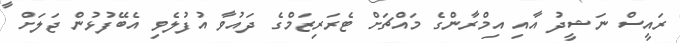
ރައީސް ނަޝީދު އާއި އިމްރާންގެ މައްޗަށް ޓެރަރިޒަމްގެ ދައުވާ އުފުލެވި އެބޭފުޅުން ޖަަލަށް